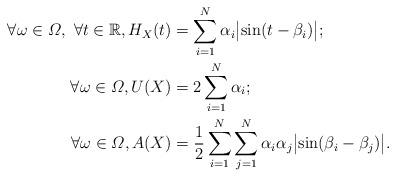
LaTeX: \begin{align*}\forall\omega\in\varOmega,\ \forall t\in\mathbb{R}, H_{X}(t)&=\sum_{i=1}^N \alpha_i\bigl\vert\sin(t-\beta_i )\bigr\vert; \\\forall\omega\in\varOmega,U(X)&=2\sum_{i=1}^N\alpha_i; \\\forall\omega\in\varOmega,A(X)&=\frac{1}{2}\sum_{i=1}^N \sum_{j=1}^N\alpha_i\alpha_j\bigl\vert\sin(\beta_i-\beta_j)\bigr\vert. \end{align*}